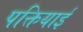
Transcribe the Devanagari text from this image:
पक्तियाई